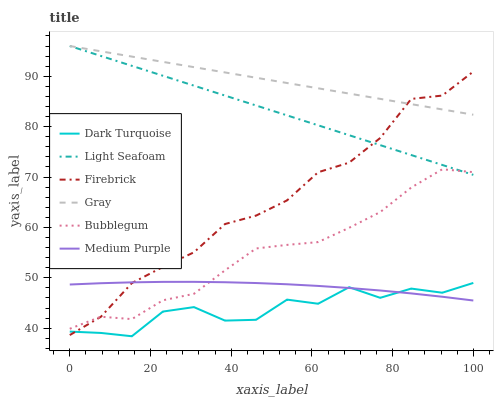
| xaxis_label | Dark Turquoise | Light Seafoam | Firebrick | Gray | Bubblegum | Medium Purple |
 | --- | --- | --- | --- | --- | --- | --- |
 | 0 | 39.3 | 96 | 38.6 | 96 | 39.9 | 48.7 |
 | 7.69 | 39.1 | 94 | 42.3 | 95 | 42.3 | 48.9 |
 | 15.4 | 38.4 | 92.1 | 49 | 93.9 | 41.8 | 49.1 |
 | 23.1 | 43.3 | 90.1 | 52.2 | 92.9 | 45.5 | 49.2 |
 | 30.8 | 44.2 | 88.1 | 55.1 | 91.8 | 46.8 | 49.2 |
 | 38.5 | 41.5 | 86.2 | 60.7 | 90.8 | 51.5 | 49.1 |
 | 46.2 | 41.7 | 84.2 | 62.3 | 89.7 | 55.8 | 49 |
 | 53.8 | 45.7 | 82.2 | 65.4 | 88.7 | 56.5 | 48.7 |
 | 61.5 | 44.8 | 80.3 | 70.9 | 87.6 | 57.1 | 48.4 |
 | 69.2 | 48.1 | 78.3 | 72.9 | 86.6 | 59.9 | 48 |
 | 76.9 | 46 | 76.3 | 77.7 | 85.5 | 63 | 47.5 |
 | 84.6 | 47.9 | 74.4 | 85.5 | 84.5 | 67.9 | 46.9 |
 | 92.3 | 47 | 72.4 | 86.2 | 83.4 | 71.5 | 46.2 |
 | 100 | 49 | 70.4 | 90.9 | 82.4 | 71 | 45.5 |